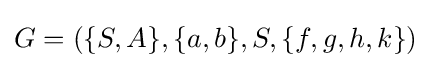
G=(\{S,A\},\{a,b\},S,\{f,g,h,k\})